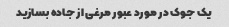
یک جوک در مورد عبور مرغی از جاده بسازید